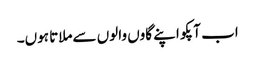
اب آپکو اپنے گاوں والوں سےملاتا ہوں۔